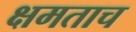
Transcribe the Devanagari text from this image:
क्षमताच